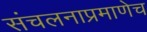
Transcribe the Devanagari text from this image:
संचलनाप्रमाणेच